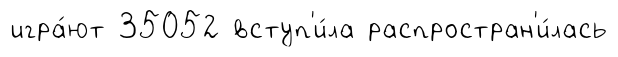
игра́ют 35052 вступ'и́ла распростран'и́лась